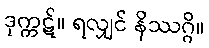
ဒုက္ကဋ်။ ရလျှင် နိဿဂ္ဂိ။